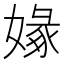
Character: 𡟼